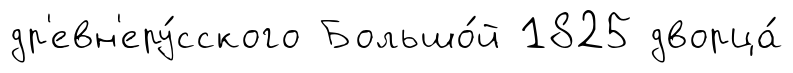
др'евн'еру́сского Большо́й 1825 дворца́